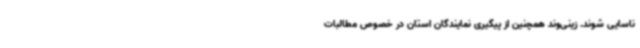
ناسایی شوند. زینی‌وند همچنین از پیگیری نمایندگان استان در خصوص مطالبات